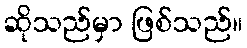
ဆိုသည်မှာ ဖြစ်သည်။